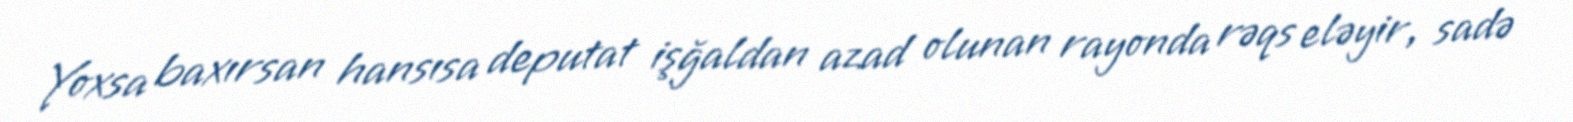
Yoxsa baxırsan hansısa deputat işğaldan azad olunan rayonda rəqs eləyir, sadə